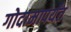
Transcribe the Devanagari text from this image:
गोदामापर्यंत